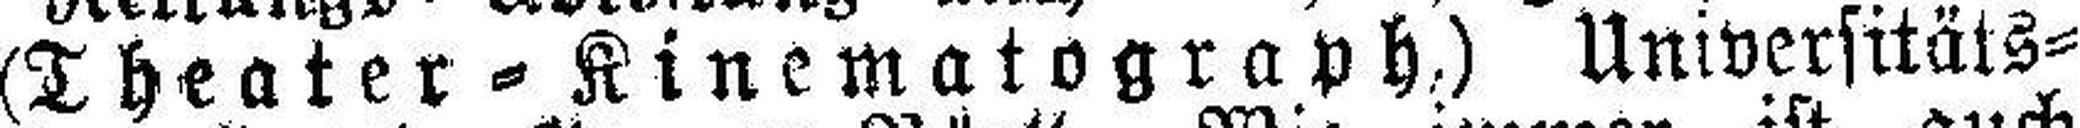
(Theater=Kinematograph.) Universitäts¬